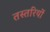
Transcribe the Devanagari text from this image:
तस्तरियों